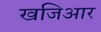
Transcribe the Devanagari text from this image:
खजिआर